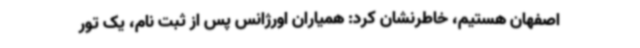
اصفهان هستیم، خاطرنشان کرد: همیاران اورژانس پس از ثبت نام، یک تور